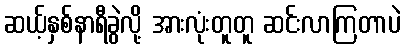
ဆယ့်နှစ်နာရီခွဲလို့ အားလုံးတူတူ ဆင်းလာကြတာပဲ